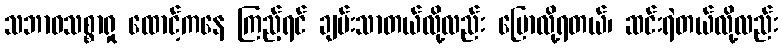
သဘာဝသစ္စာရှု ထောင့်ကနေ ကြည့်ရင် ချမ်းသာတယ်လို့လည်း ပြောလို့ရတယ်၊ ဆင်းရဲတယ်လို့လည်း